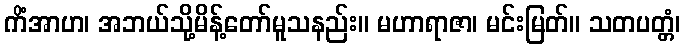
ကိံအာဟ၊ အဘယ်သို့မိန့်တော်မူသနည်း။ မဟာရာဇာ၊ မင်းမြတ်။ သတပတ္တံ၊